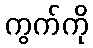
ကွက်ကို